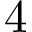
4